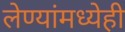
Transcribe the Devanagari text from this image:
लेण्यांमध्येही